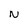
Character: N